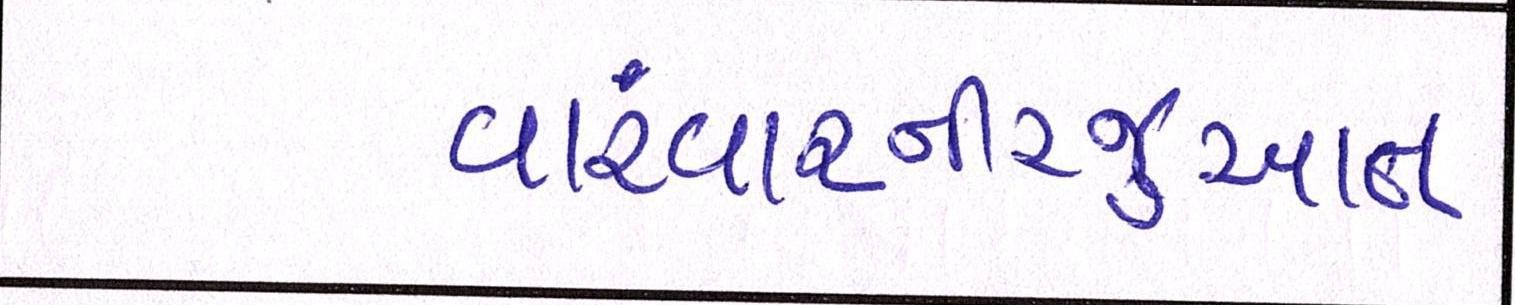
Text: વારંવારનીરજુઆત